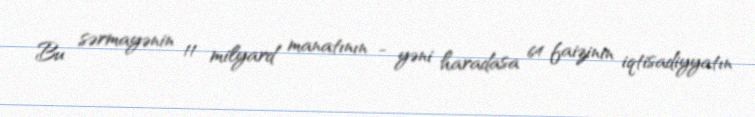
Bu sərmayənin 11 milyard manatının - yəni haradasa 64 faizinin iqtisadiyyatın